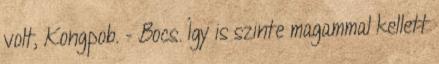
volt, Kongpob. - Bocs. Így is szinte magammal kellett